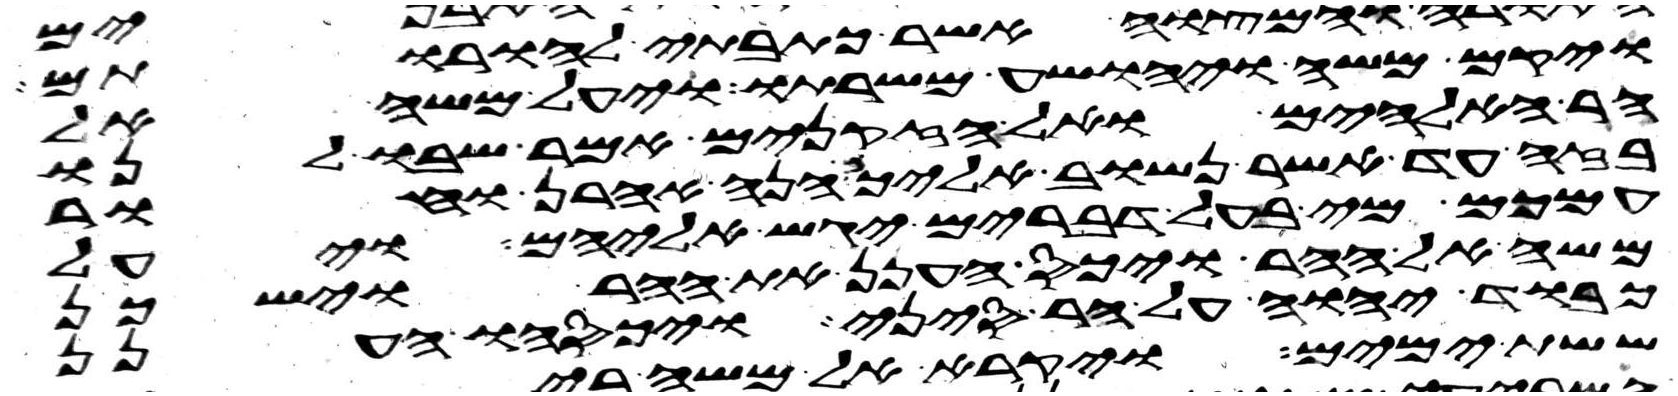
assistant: ויקם משה ויהושע משרתו ויעל משה אל
הר האלהים ואל הזקנים אמר שבו לנו
בזה עד אשר נשוב אליכם הנה אהרן וחור
עמכם מי בעל דברים יגש אליהם ויעל
משה אל ההר ויכס הענן את ההר וישכן
כבוד יהוה על הר סיני ויכסהו הענן